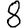
Digit: 8